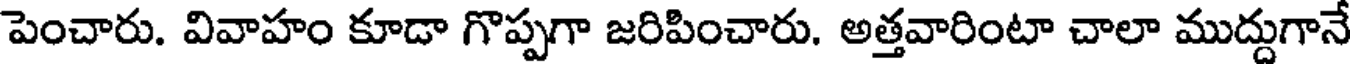
పెంచారు. వివాహం కూడా గొప్పగా జరిపించారు. అత్తవారింటా చాలా ముద్దుగానే